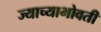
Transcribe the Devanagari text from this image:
ज्याच्याभोवती